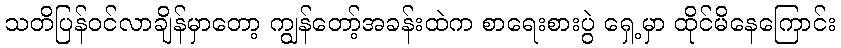
သတိပြန်ဝင်လာချိန်မှာတော့ ကျွန်တော့်အခန်းထဲက စာရေးစားပွဲ ရှေ့မှာ ထိုင်မိနေကြောင်း